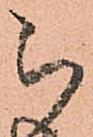
被